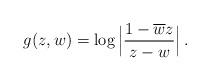
LaTeX: \begin{align*} g (z, w) = \log \Big\vert \frac{1 - \overline{w} z}{ z - w} \Big \vert \, .\end{align*}